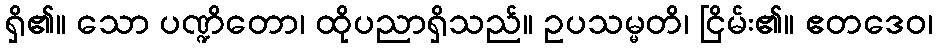
ရှိ၏။ သော ပဏ္ဍိတော၊ ထိုပညာရှိသည်။ ဥပသမ္မတိ၊ ငြိမ်း၏။ ဧတဒေဝ၊